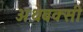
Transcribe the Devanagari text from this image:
अथबक्सी